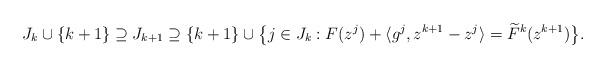
LaTeX: \begin{align*}J_k \cup\{k+1\} \supseteq J_{k+1} \supseteq \{k+1\}\cup \big\{j\in J_k:F(z^j) + \langle g^j, z^{k+1} - z^j\rangle = \widetilde{F}^k(z^{k+1})\big\}.\end{align*}